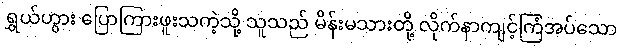
ရွှယ်ဟွား ပြောကြားဖူးသကဲ့သို့ သူသည် မိန်းမသားတို့ လိုက်နာကျင့်ကြံအပ်သော